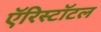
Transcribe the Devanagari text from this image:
ऍरिस्टॉटल